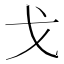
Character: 戈